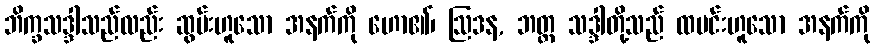
ဘိက္ခသဒ္ဒါသည်လည်း ဆွမ်းဟူသော အနက်ကို ဟော၏၊ ဩဒန, ဘတ္တ သဒ္ဒါတို့သည် ထမင်းဟူသော အနက်ကို